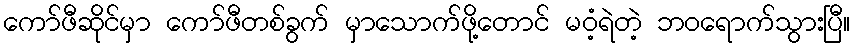
ကော်ဖီဆိုင်မှာ ကော်ဖီတစ်ခွက် မှာသောက်ဖို့တောင် မဝံ့ရဲတဲ့ ဘဝရောက်သွားပြီ။